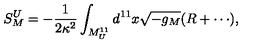
S _ { M } ^ { U } = - { \frac { 1 } { 2 \kappa ^ { 2 } } } \int _ { M _ { U } ^ { 1 1 } } d ^ { 1 1 } x \sqrt { - g _ { M } } ( R + \cdots ) ,